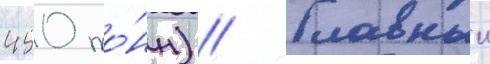
450 то́нн) // Главныи